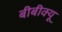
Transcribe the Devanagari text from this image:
बीबीक्यू